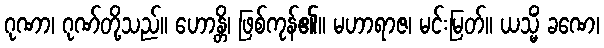
ဂုဏာ၊ ဂုဏ်တို့သည်။ ဟောန္တိ၊ ဖြစ်ကုန်၏။ မဟာရာဇ၊ မင်းမြတ်။ ယသ္မိံ ခဏေ၊